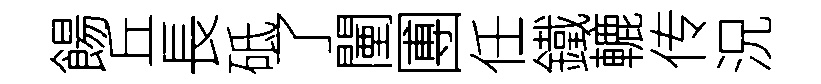
餳丘長砥了闉圑任鐵轆传況